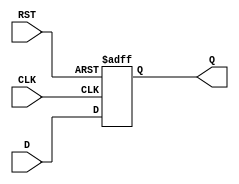
module IntermediateRegister (
    input wire [N-1:0] D,      // Data input (N-bit wide)
    input wire CLK,            // Clock input
    input wire RST,            // Asynchronous reset
    output reg [N-1:0] Q       // Data output (N-bit wide)
);
    parameter N = 8;           // Parameter to define the width of the register (default is 8 bits)

    // Asynchronous reset and synchronous data capture
    always @(posedge CLK or posedge RST) begin
        if (RST) begin
            Q <= {N{1'b0}};     // Reset output to 0 (N bits)
        end else begin
            Q <= D;             // Capture input data on clock edge
        end
    end
endmodule